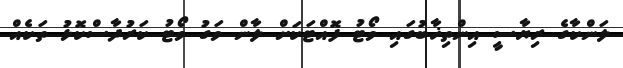
ލަންކާގެ ރިޔާސީ އިންތިޚާބުގައި ވޯޓު ފޮއްޓަކަށް ލާން ވަގު ވޯޓު ކަރުދާސްކޮޅު ތަކެއް